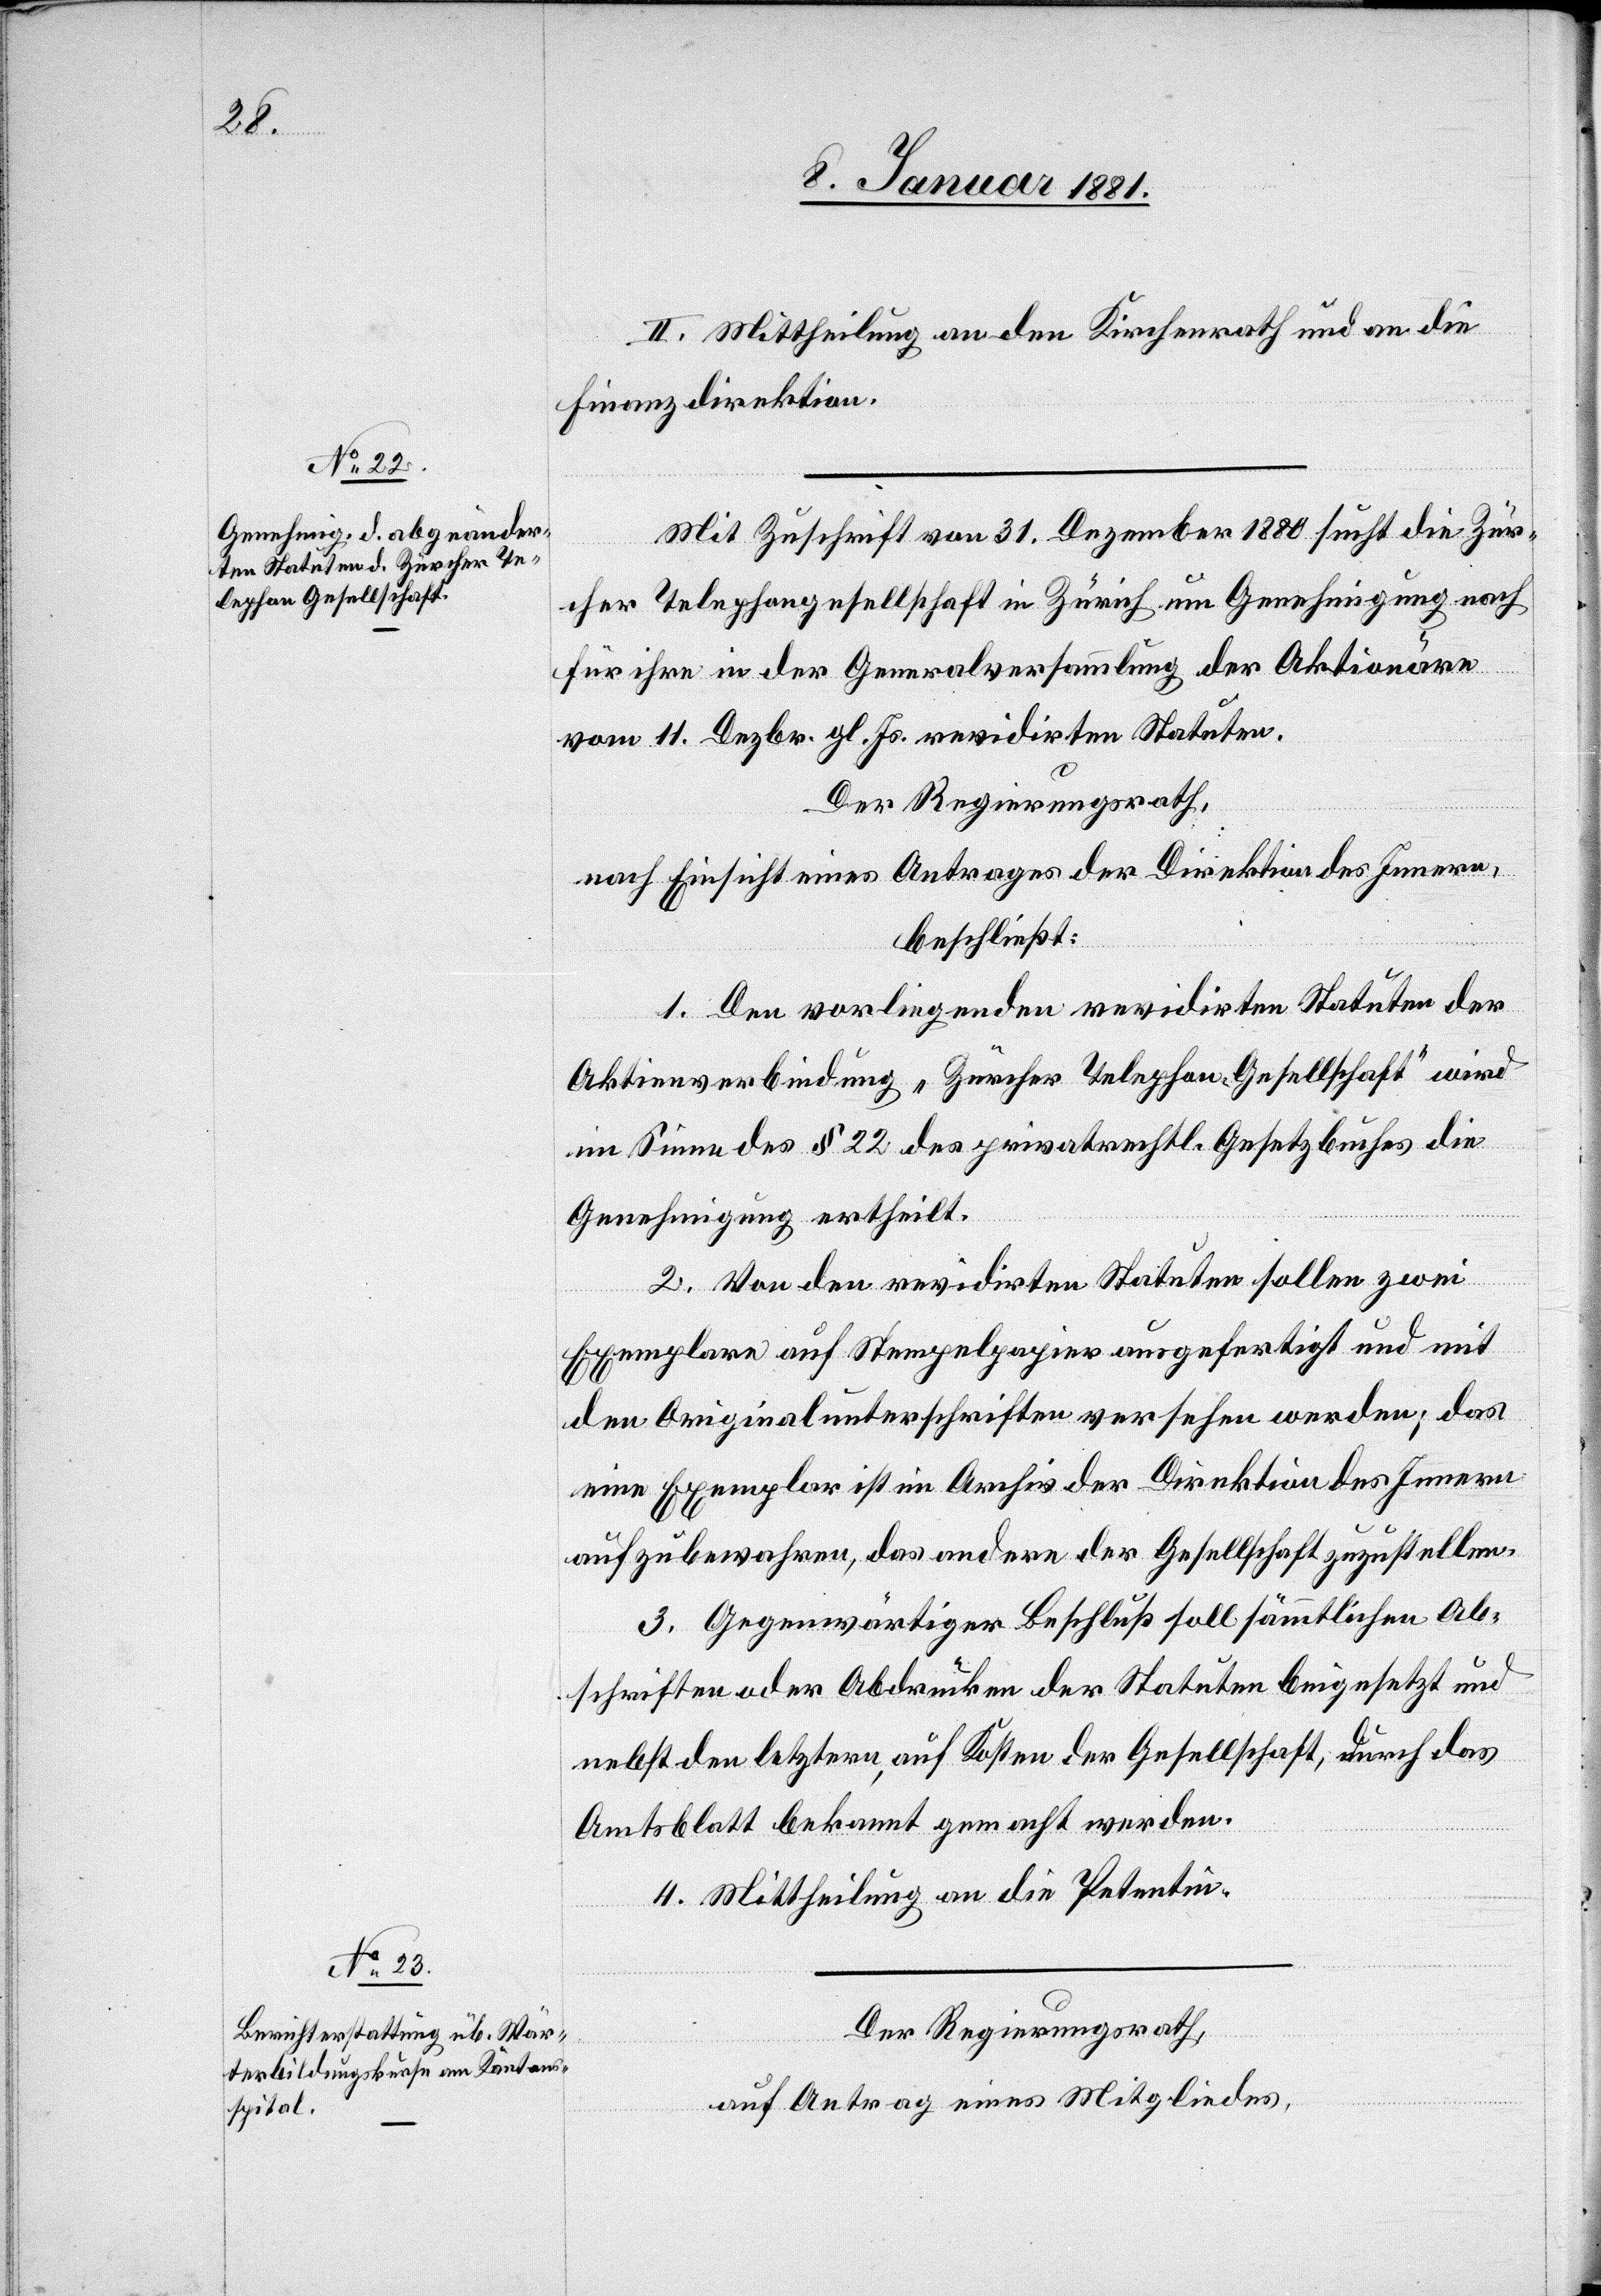
II. Mittheilung an den Kirchenrath und an die
Finanzdirektion.
Mit Zuschrift vom 31. Dezember 1880 sucht die Zür¬
cher Telephongesellschaft in Zürich um Genehmigung nach
für ihre in der Generalversammlung der Aktionäre
vom 11. Dezbr. gl. Js. revidirten Statuten.
Der Regierungsrath,
nach Einsicht eines Antrages der Direktion des Innern,
beschießt:
1. Den vorliegenden revidirten Statuten der
Aktienverbindung „Zürcher Telephon-Gesellschaft“ wird
im Sinne des § 22 des privatrechtl. Gesetzbuches die
Genehmigung ertheilt.
2. Von den revidirten Statuten sollen zwei
Exemplare auf Stempelpapier ausgefertigt und mit
den Originalunterschriften versehen werden; das
eine Exemplar ist im Archiv der Direktion des Innern
aufzubewahren, das andere der Gesellschaft zuzustellen.
3. Gegenwärtiger Beschluß soll sämmtlichen Ab¬
schriften oder Abdrucken der Statuten beigesetzt und
nebst den letztern auf Kosten der Gesellschaft, durch das
Amtsblatt bekannt gemacht werden.
4. Mittheilung an die Petentin.
Der Regierungsrath,
auf Antrag eines Mitgliedes,